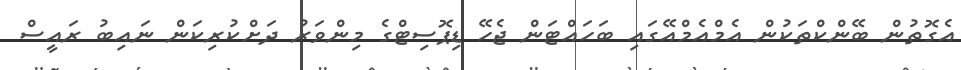
އެގޮތުން ބޭންކްތަކުން އެމްއެމްއޭގައި ބަހައްޓަން ޖެހޭ ޑިޕޮސިޓްގެ މިންވަރު ދަށްކުރިކަން ނައިބު ރައީސް